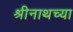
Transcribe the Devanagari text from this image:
श्रीनाथच्या